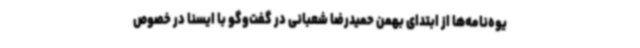
یوه‌نامه‌ها از ابتدای بهمن حمیدرضا شعبانی در گفت‌وگو با ایسنا در خصوص